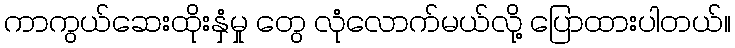
ကာကွယ်ဆေးထိုးနှံမှု တွေ လုံလောက်မယ်လို့ ပြောထားပါတယ်။